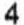
4